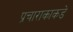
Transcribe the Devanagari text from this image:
प्रचाराकाकडे